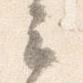
云